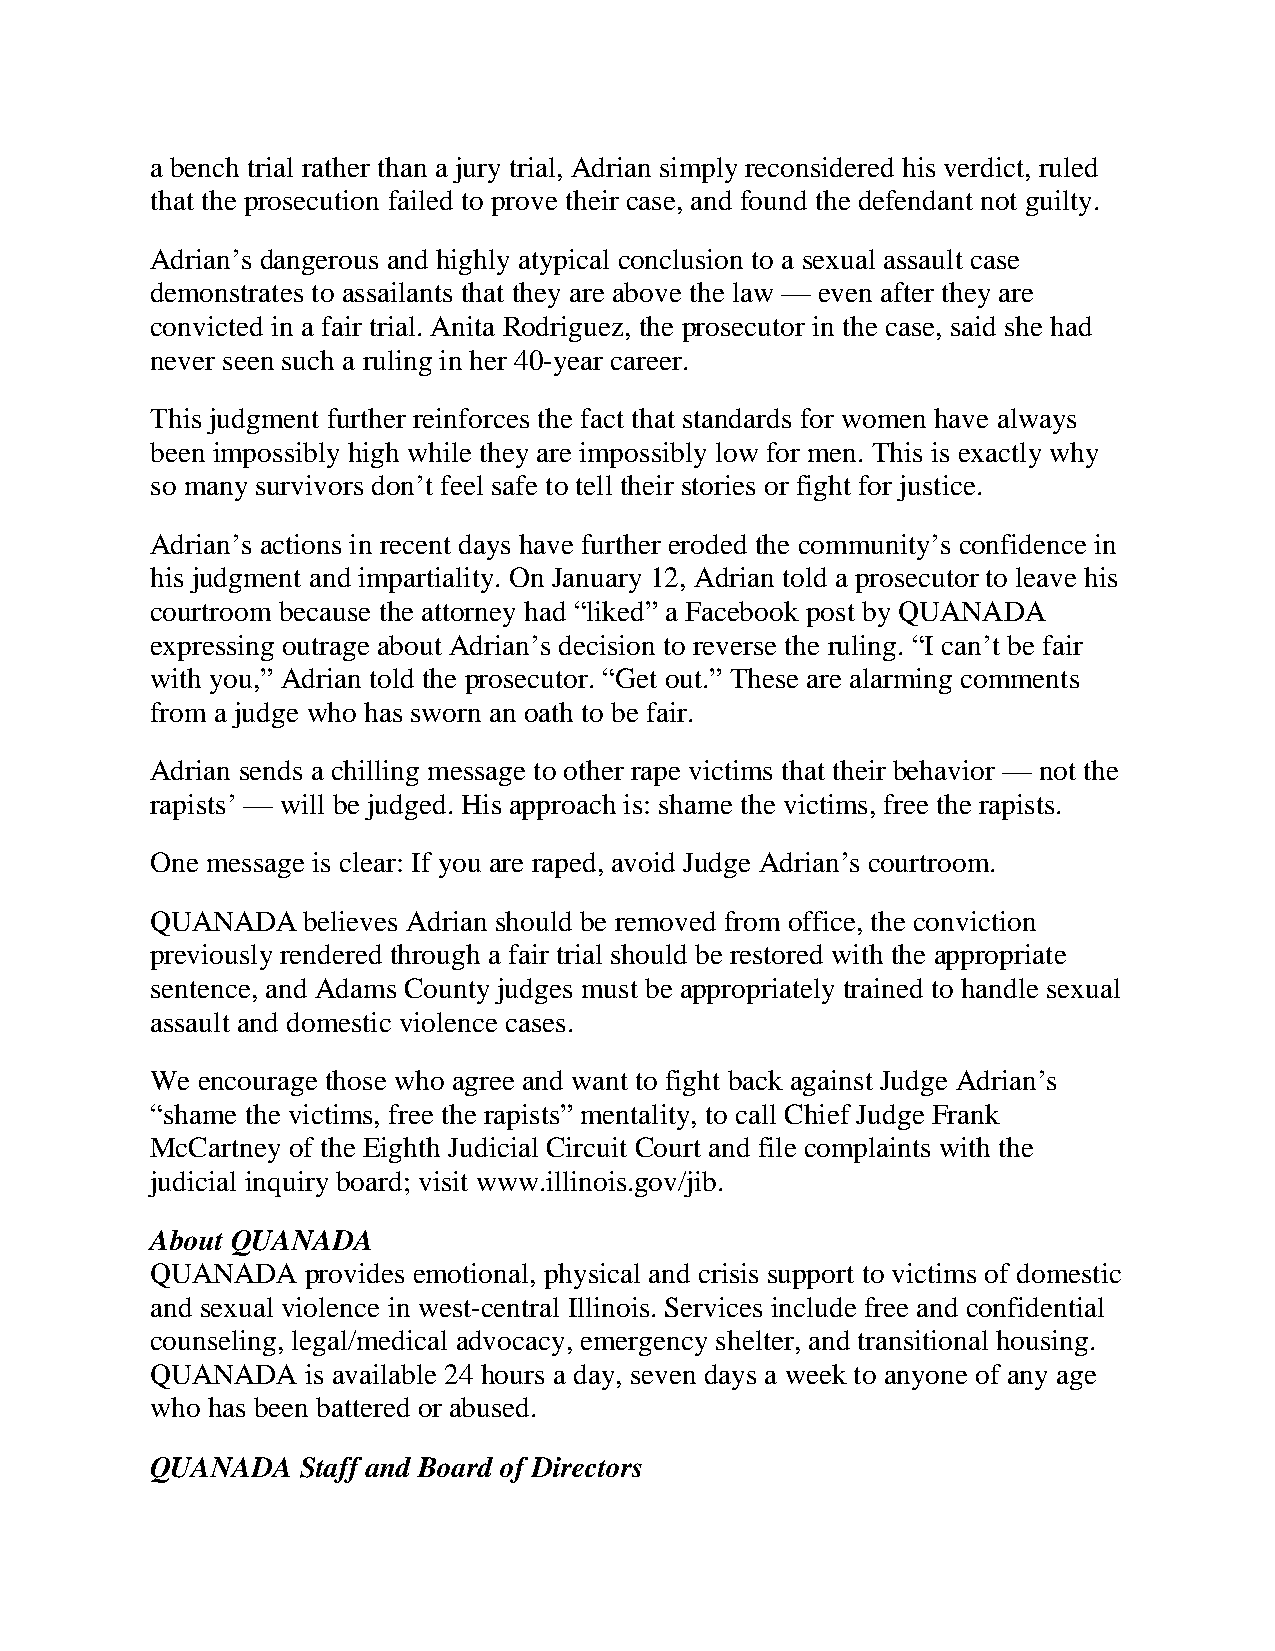
a bench trial rather than a jury trial, Adrian simply reconsidered his verdict, ruled
 that the prosecution failed to prove their case, and found the defendant not guilty.
 Adrian’s dangerous and highly atypical conclusion to a sexual assault case
 demonstrates to assailants that they are above the law — even after they are
 convicted in a fair trial. Anita Rodriguez, the prosecutor in the case, said she had
 never seen such a ruling in her 40-year career.
 This judgment further reinforces the fact that standards for women have always
 been impossibly high while they are impossibly low for men. This is exactly why
 so many survivors don’t feel safe to tell their stories or fight for justice.
 Adrian’s actions in recent days have further eroded the community’s confidence in
 his judgment and impartiality. On January 12, Adrian told a prosecutor to leave his
 courtroom because the attorney had “liked” a Facebook post by QUANADA
 expressing outrage about Adrian’s decision to reverse the ruling. “I can’t be fair
 with you,” Adrian told the prosecutor. “Get out.” These are alarming comments
 from a judge who has sworn an oath to be fair.
 Adrian sends a chilling message to other rape victims that their behavior — not the
 rapists’ — will be judged. His approach is: shame the victims, free the rapists.
 One message is clear: If you are raped, avoid Judge Adrian’s courtroom.
 QUANADA   believes Adrian should be removed from office, the conviction
 previously rendered through a fair trial should be restored with the appropriate
 sentence, and Adams County judges must be appropriately trained to handle sexual
 assault and domestic violence cases.
 We encourage those who agree and want to fight back against Judge Adrian’s
 “shame the victims, free the rapists” mentality, to call Chief Judge Frank
 McCartney of the Eighth Judicial Circuit Court and file complaints with the
 judicial inquiry board; visit www.illinois.gov/jib.
 About QUANADA
 QUANADA   provides emotional, physical and crisis support to victims of domestic
 and sexual violence in west-central Illinois. Services include free and confidential
 counseling, legal/medical advocacy, emergency shelter, and transitional housing.
 QUANADA   is available 24 hours a day, seven days a week to anyone of any age
 who has been battered or abused.
 QUANADA   Staff and Board of Directors